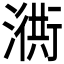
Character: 𣽣